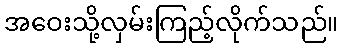
အဝေးသို့လှမ်းကြည့်လိုက်သည်။